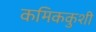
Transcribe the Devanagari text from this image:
कमिककुशी